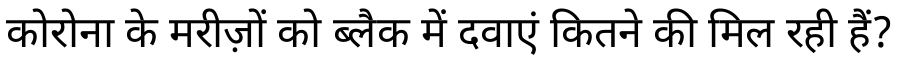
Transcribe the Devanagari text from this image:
कोरोना के मरीज़ों को ब्लैक में दवाएं कितने की मिल रही हैं?